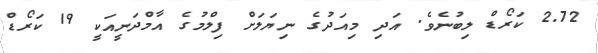
2.72 ކަރޯޑް ލިބުނެވެ. އަދި މިއަދުގެ ނިޔަލަށް ފިލްމުގެ އާމްދަނީއަކީ 19 ކަރޯޑް